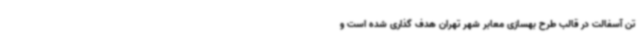
تن آسفالت در قالب طرح بهسازی معابر شهر تهران هدف گذاری شده است و